Report of the Indian Hemp Drugs Commission, 1894-1895 - Volume VII
Year: 1894
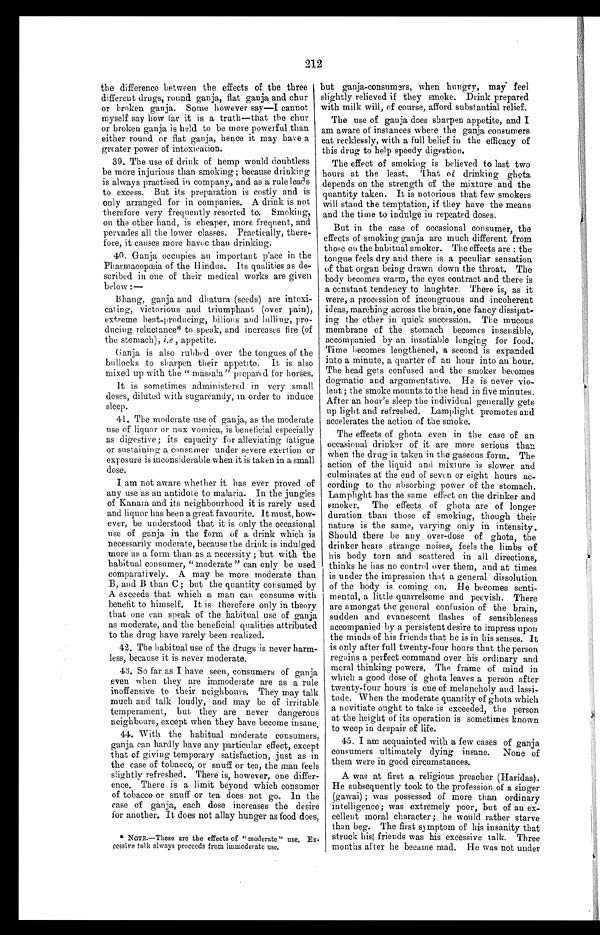
212
the difference between the effects of the three
different drugs, round ganja, flat ganja and chur
or broken ganja. Some however say—I cannot
myself say how far it is a truth—that the chur
or broken ganja is held to be more powerful than
either round or flat ganja, hence it may have a
greater power of intoxication.
39. The use of drink of hemp would doubtless
be more injurious than smoking ; because drinking
is always practised in company, and as a rule leads
to excess. But its preparation is costly and is
only arranged for in companies. A drink is not
therefore very frequently resorted to. Smoking,
on the other hand, is cheaper, more frequent, and
pervades all the lower classes. Practically, there-
fore, it causes more havoc than drinking.
40. Ganja occupies an important place in the
Pharmacopœia of the Hindus. Its qualities as de-
scribed in one of their medical works are given
below :—
Bhang, ganja and dhatura (seeds) are intoxi-
cating, victorious and triumphant (over pain),
extreme heat-producing, bilious and pro-
ducing reluctance* to speak, and increases fire (of
the stomach), i.e ., appetite.
Ganja is also rubbed over the tongues of the
bullocks to sharpen their appetite. It is also
mixed up with the " massala" prepared for horses.
It is sometimes administered in very small
doses, diluted with sugarcandy, in order to induce
sleep.
41. The moderate use of ganja, as the moderate
use of liquor or nux vomica, is beneficial especially
as digestive; its capacity for alleviating fatigue
or sustaining a consumer under severe exertion or
exposure is inconsiderable when it is taken in a small
dose.
I am not aware whether it has ever proved of
any use as au antidote to malaria. In the jungles
of Kanara and its neighbourhood it is rarely used
and liquor has been a great favourite. It must, how-
ever, be understood that it is only the occasional
use of ganja in the form of a drink which is
necessarily moderate, because the drink is indulged
more as a form than as a necessity ; but with the
habitual consumer, "moderate " can only be used
comparatively. A may be more moderate than
B, and B than C ; but the quantity consumed by
A exceeds that which a man can consume with
benefit to himself. It is therefore only in theory
that one can speak of the habitual use of ganja
as moderate, and the beneficial qualities attributed
to the drug have rarely been realized.
but ganja-consumers, when hungry, may feel
slightly relieved if they smoke. Drink prepared
with milk will, of course, afford substantial relief.
The use of ganja does sharpen appetite, and I
am aware of instances where the ganja consumers
eat recklessly, with a full belief in the efficacy of
this drug to help speedy digestion.
The effect of smoking is believed to last two
hours at the least. That of drinking ghota
depends on the strength of the mixture and the
quantity taken. It is notorious that few smokers
will stand the temptation, if they have the means
and the time to indulge in repeated doses.
But in the case of occasional consumer, the
effects of smoking ganja are much different from
those on the habitual smoker. The effects are : the
tongue feels dry and there is a peculiar sensation
of that organ being drawn down the throat. The
body becomes warm, the eyes contract and there is
a constant tendency to laughter. There is, as it
were, a procession of incongruous and incoherent
ideas, marching across the brain, one fancy dissipat-
ing the other in quick succession. The mucous
membrane of the stomach becomes insensible,
accompanied by an insatiable longing for food,
Time becomes lengthened, a second is expanded
into a minute, a quarter of an hour into an hour.
The head gets confused and the smoker becomes
dogmatic and argumentative. He is never vio-
lent ; the smoke mounts to the head in five minutes.
After an hour's sleep the individual generally gets
up light and refreshed. Lamplight promotes and
accelerates the action of the smoke.
The effects of ghota even in the case of an
occasional drinker of it are more serious than
when the drug is taken in the gaseous form. The
action of the liquid and mixture is slower and
culminates at the end of seven or eight hours ac-
cording to the absorbing power of the stomach.
Lamplight has the same effect on the drinker and
smoker. The effects of ghota are of longer
duration than those of smoking, though their
nature is the same, varying only in intensity.
Should there be any over-dose of ghota, the
drinker hears strange noises, feels the limbs of
his body torn and scattered in all directions,
thinks he has no control over them, and at times
is under the impression that a general dissolution
of the body is coming on. He becomes senti-
mental, a little quarrelsome and peevish. There
are amongst the general confusion of the brain,
sudden and evanescent flashes of sensibleness
accompanied by a persistent desire to impress upon
the minds of his friends that he is in his senses. It
is only after full twenty-four hours that the person
regains a perfect command over his ordinary and
moral thinking powers. The frame of mind in
which a good dose of ghota leaves a person after
twenty-four hours is one of melancholy and lassi-
tude. When the moderate quantity of ghota which
a novitiate ought to take is exceeded, the person
at the height of its operation is sometimes known
to weep in despair of life.
45. I am acquainted with a few cases of ganja
consumers ultimately dying insane. None of
them were in good circumstances.
A was at first a religious preacher (Haridas).
He subsequently took to the profession of a singer
(gawai) ; was possessed of more than ordinary
intelligence; was extremely poor, but of an ex-
cellent moral character ; he would rather starve
than beg. The first symptom of his insanity that
struck his friends was his excessive talk. Three
months after he became mad. He was not under
42. The habitual use of the drugs is never harm-
less, because it is never moderate.
43. So far as I have seen, consumers of ganja
even when they are immoderate are as a rule
inoffensive to their neighbours. They may talk
much and talk loudly, and may be of irritable
temperament, but they are never dangerous
neighbours, except when they have become insane.
44. With the habitual moderate consumers,
ganja can hardly have any particular effect, except
that of giving temporary satisfaction, just as in
the case of tobacco, or snuff or tea, the man feels
slightly refreshed. There is, however, one differ-
ence, There is a limit beyond which consumer
of tobacco or snuff or tea does not go. In the
case of ganja, each dose increases the desire
for another. It does not allay hunger as food does,
* NOTE.—These are the effects of " moderate" use. Ex-
cessive talk always proceeds from immoderate use.